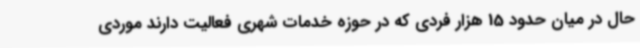
حال در میان حدود 15 هزار فردی که در حوزه خدمات شهری فعالیت دارند موردی